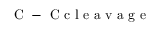
\mathrm { ~ C ~ - ~ C ~ c ~ l ~ e ~ a ~ v ~ a ~ g ~ e ~ }